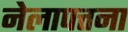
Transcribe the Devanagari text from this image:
नेलापत्तना